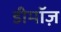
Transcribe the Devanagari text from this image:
डीमॉज़